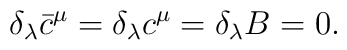
\delta_\lambda \bar{c}^\mu = \delta_\lambda c^\mu = \delta_\lambda B = 0.